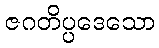
ဇဂတိပ္ပဒေသော